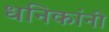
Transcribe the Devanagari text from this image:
धनिकांनी